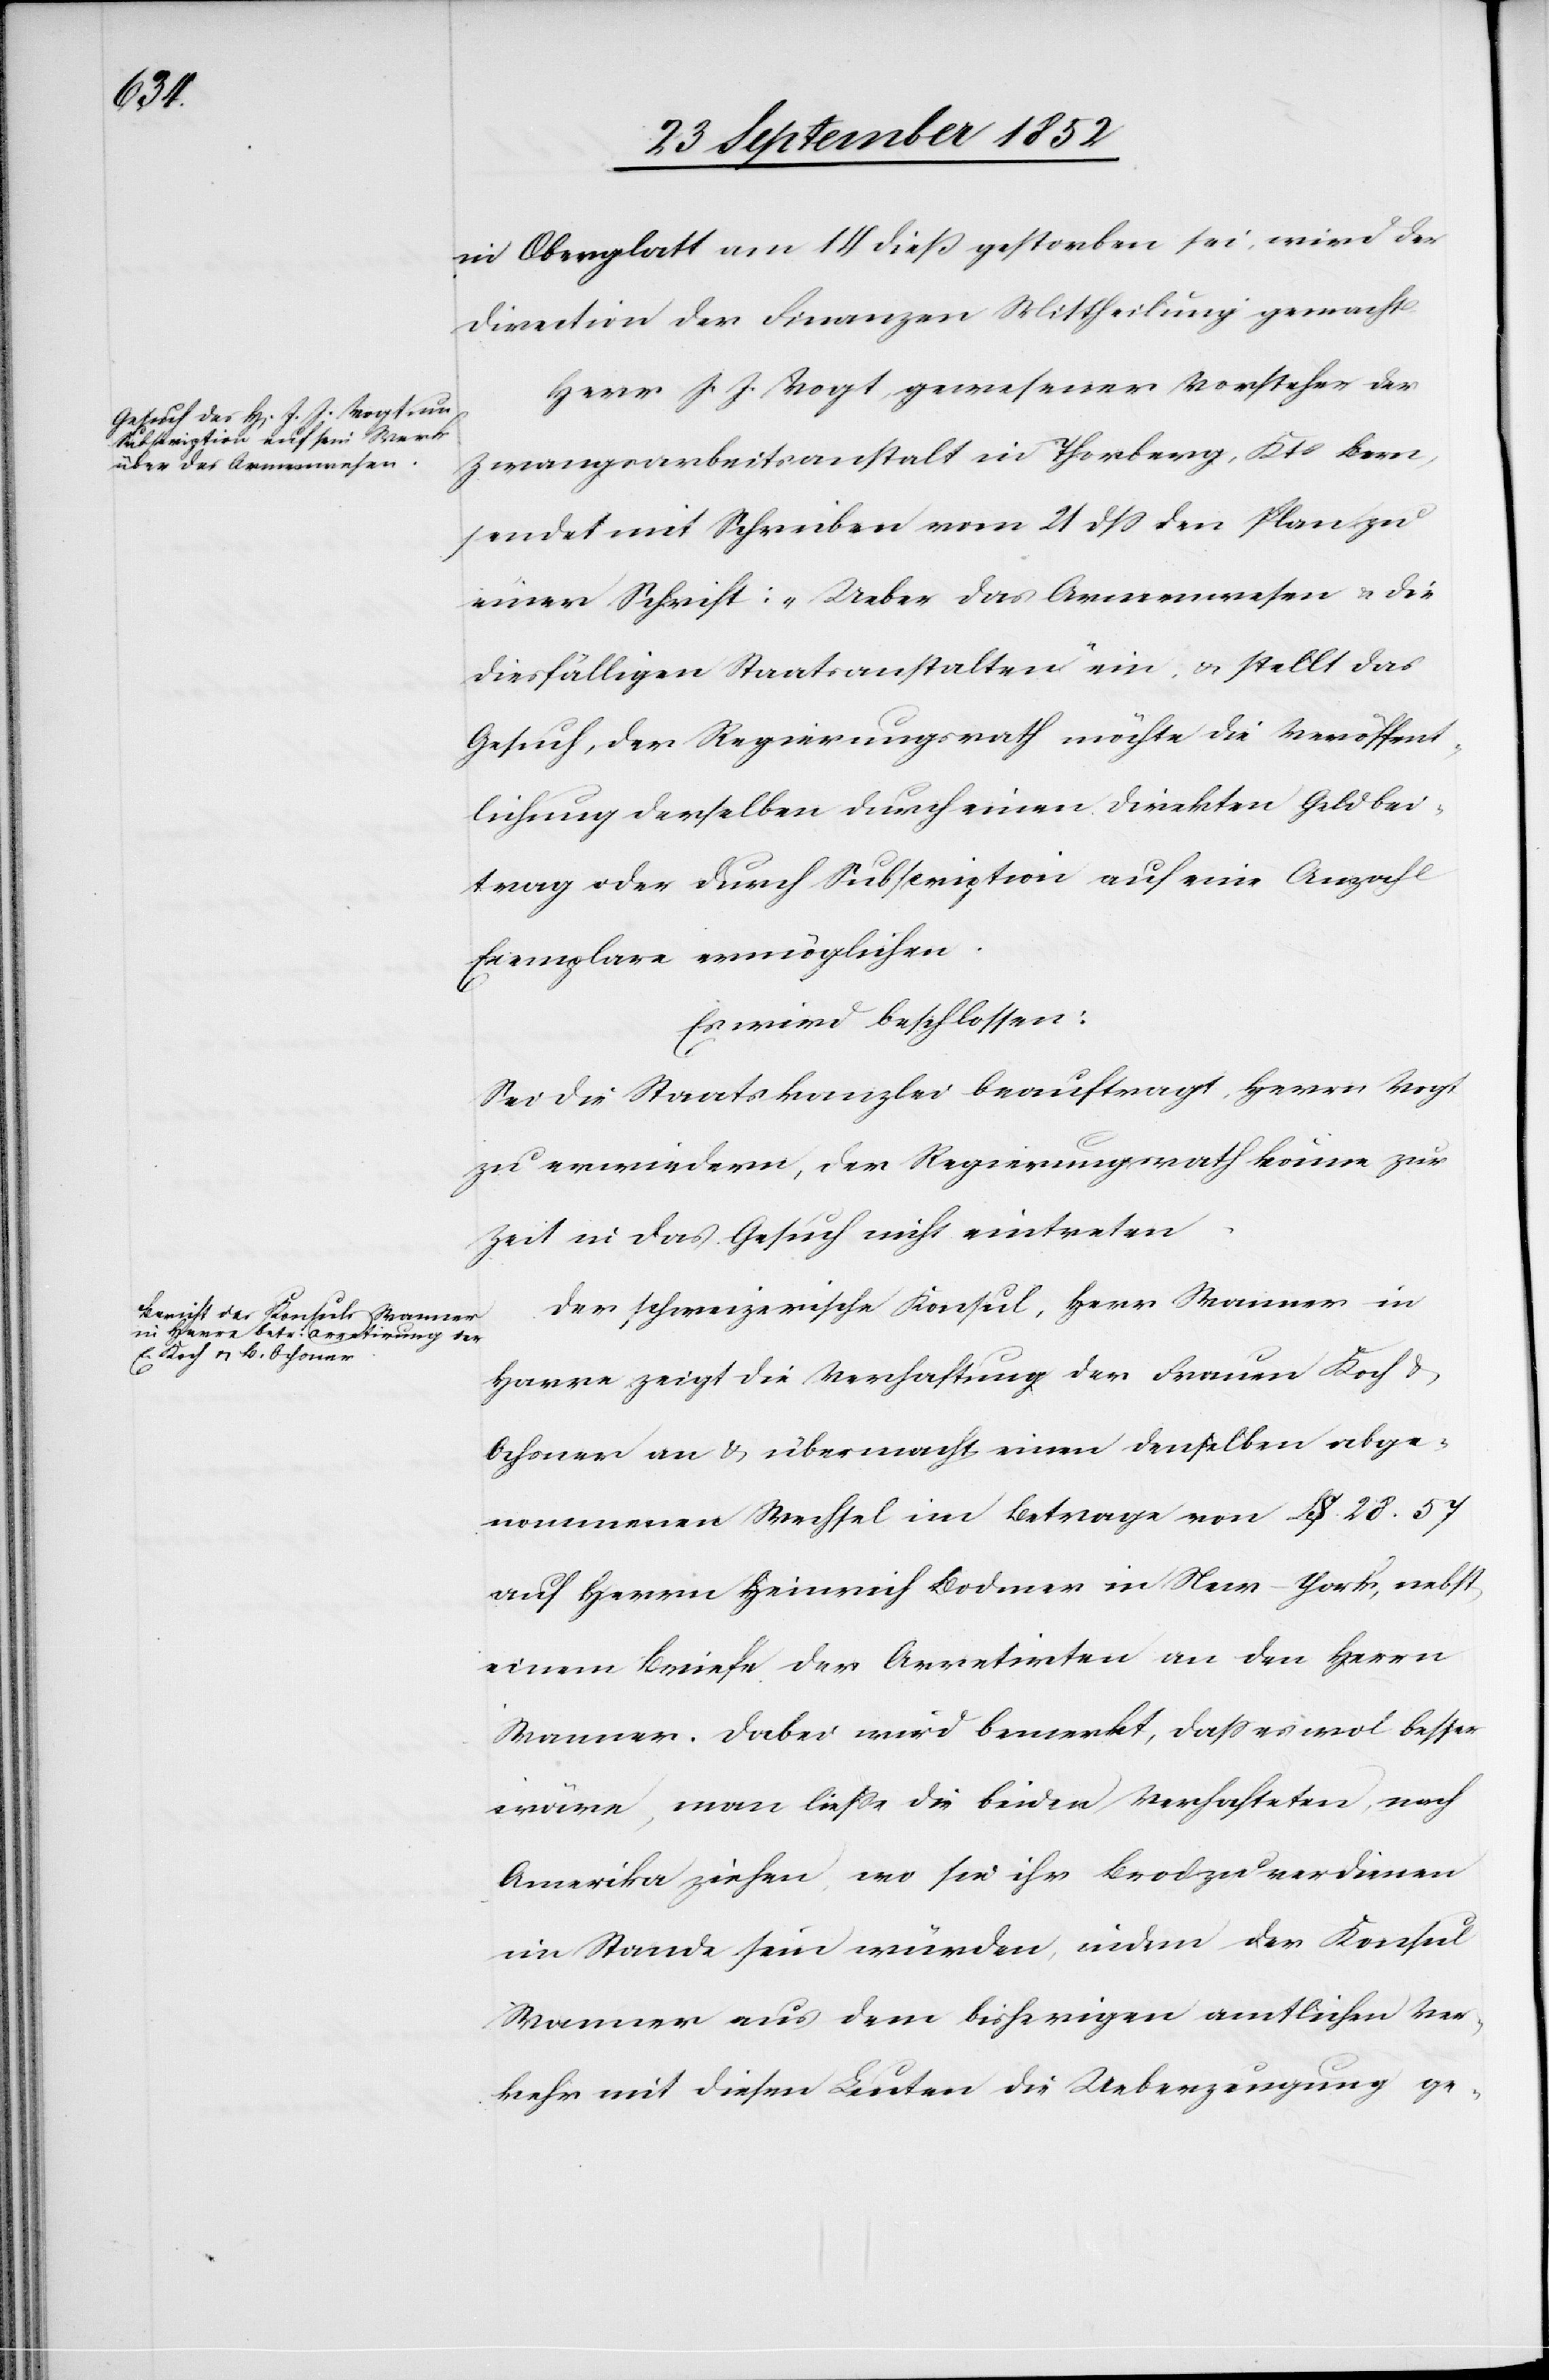
in Oberglatt am 14 dieß gestorben sei, wird der
Direction der Finanzen Mittheilung gemacht.
Herr J. J. Vogt, gewesener Vorsteher der
Zwangsarbeitsanstalt in Thorberg, Kts Bern,
sendet mit Schreiben vom 21 dss den Plan zu
einer Schrift: „Ueber das Armenwesen & die
diesfälligen Staatsanstalten“ ein, & stellt das
Gesuch, der Regierungsrath möchte die Veröffent¬
lichung derselben durch einen direkten Geldbei¬
trag oder durch Subscription auf eine Anzahl
Exemplare ermöglichen.
Es wird beschlossen:
Sei die Staatskanzlei beauftragt, Herrn Vogt
zu erwiedern, der Regierungsrath könne zur
Zeit in das Gesuch nicht eintreten.
Der schweizerische Konsul, Herr Wanner in
Havre zeigt die Verhaftung der Frauen Koch &
Ochsner an & übermacht einen denselben abge¬
nommenen Wechsel im Betrage von L$. 28. 57
auf Herrn Heinrich Bodmer in New-York, nebst
einem Briefe der Arretirten an den Herrn
Wanner. Dabei wird bemerkt, dass es wol besser
wäre, man liesse die beiden Verhafteten, nach
Amerika ziehen, wo sie ihr Brod zu verdienen
im Stande sein würden, indem der Konsul
Wanner aus dem bisherigen amtlichen Ver¬
kehr mit diesen Leuten die Ueberzeugung ge-